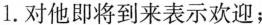
1.对他即将到来表示欢迎；